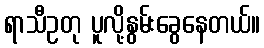
ရာသီဥတု ပူလို့နွမ်းခွေနေတယ်။